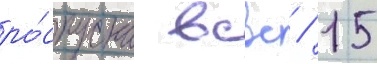
ро́спуска всвс / 15